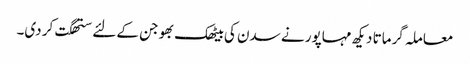
معاملہ گرماتا دیکھ مہاپور نے سدن کی بیٹھک بھوجن کے لئے ستھگت کر دی۔